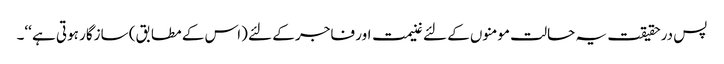
پس درحقیقت یہ حالت مومنوں کے لئے غنیمت اور فاجر کے لئے (اس کے مطابق) سازگار ہوتی ہے ‘‘۔